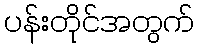
ပန်းတိုင်အတွက်